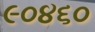
૯૦૪૬૦